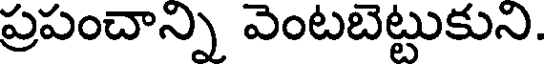
ప్రపంచాన్ని వెంటబెట్టుకుని.